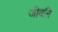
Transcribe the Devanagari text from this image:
जीवनि